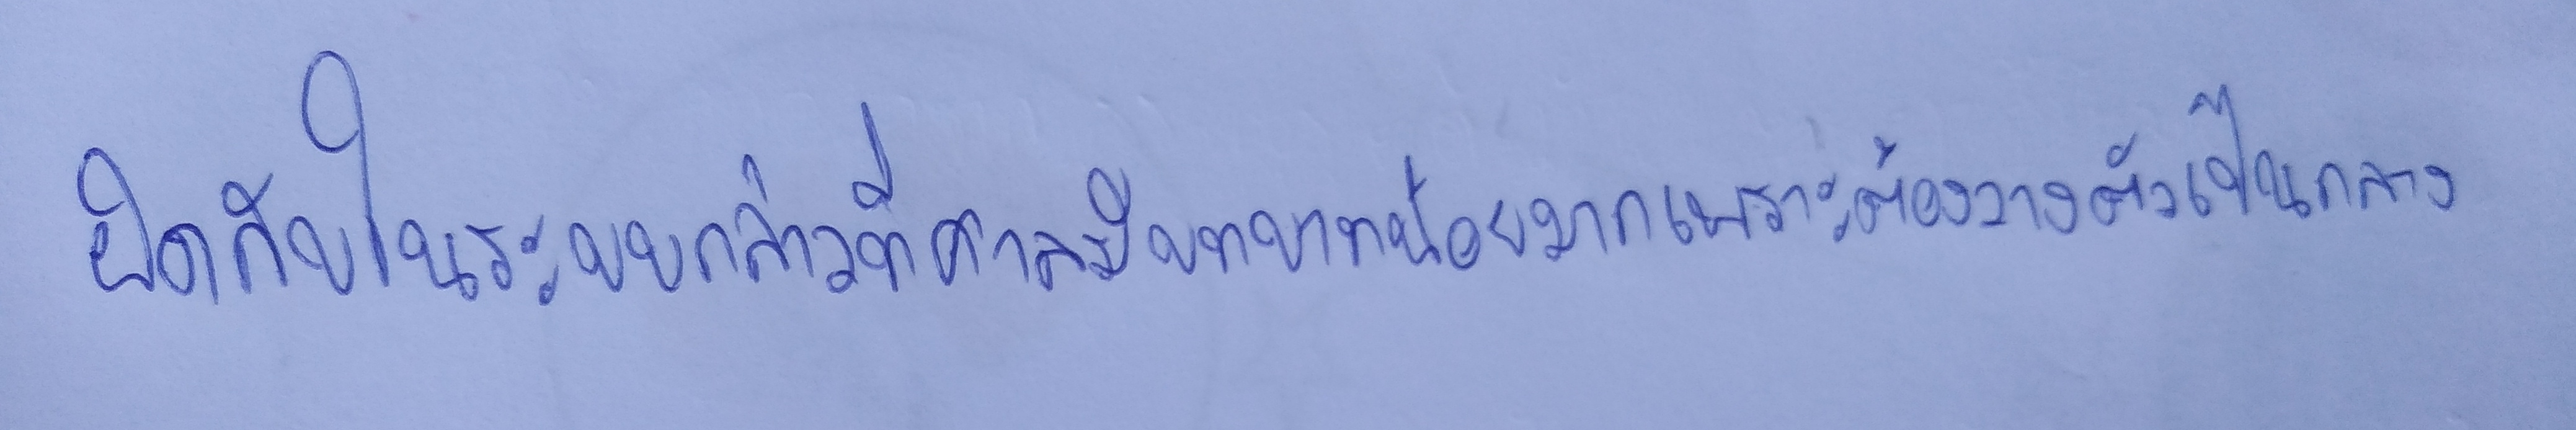
ผิดกับในระบบกล่าวที่ศาลมีบทบาทน้อยมากเพราะต้องวางตัวเป็นกลาง